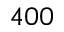
4 0 0